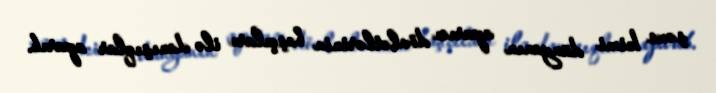
şəxs kimi dünyanın aparıcı dövlətlərinin başçıları ilə danışıqlar aparıb.